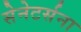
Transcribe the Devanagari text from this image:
सेनेटर्सना